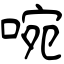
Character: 啘